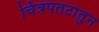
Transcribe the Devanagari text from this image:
चित्रपतटातुन